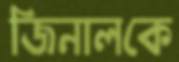
জিনালকে